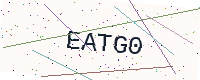
Text: EATG0